Annual report of the Camel Specialist
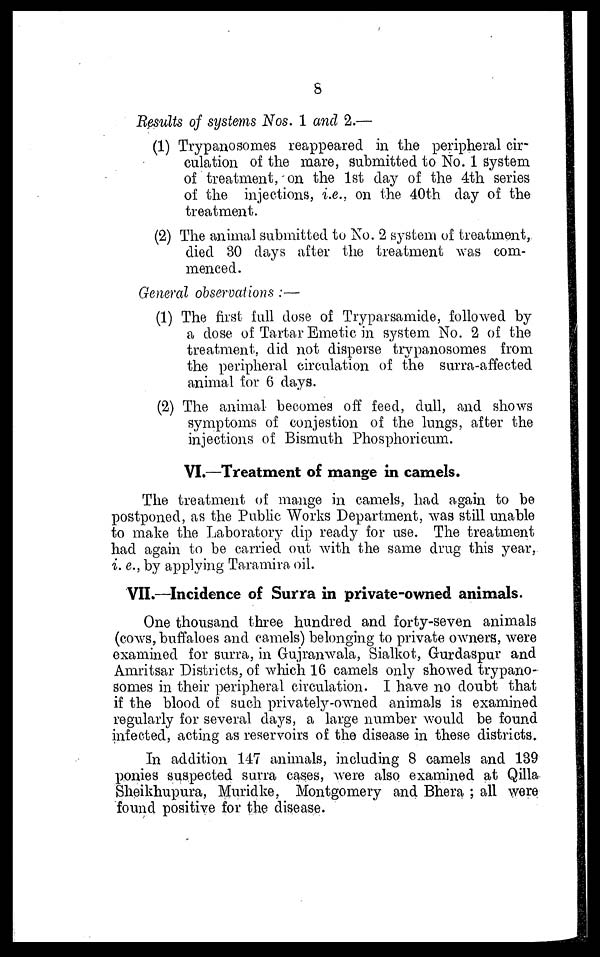
8
Results of systems Nos. 1 and 2.—
(1) Trypanosomes reappeared in the peripheral cir-
culation of the mare, submitted to No. 1 system
of treatment, on the 1st day of the 4th series
of the injections, i.e., on the 40th day of the
treatment.
(2) The animal submitted to No. 2 system of treatment,
died 30 days after the treatment was com-
menced.
General observations :—
(1) The first full dose of Tryparsamide, followed by
a dose of Tartar Emetic in system No. 2 of the
treatment, did not disperse trypanosomes from
the peripheral circulation of the surra-affected
animal for 6 days.
(2) The animal becomes off feed, dull, and shows
symptoms of conjestion of the lungs, after the
injections of Bismuth Phosphoricum.
VI.—Treatment of mange in camels.
The treatment of mange in camels, had again to be
postponed, as the Public Works Department, was still unable
to make the Laboratory dip ready for use. The treatment
had again to be carried out with the same drug this year,
i. e., by applying Taramira oil.
VII.—Incidence of Surra in private-owned animals.
One thousand three hundred and forty-seven animals
(cows, buffaloes and camels) belonging to private owners, were
examined for surra, in Gujranwala, Sialkot, Gurdaspur and
Amritsar Districts, of which 16 camels only showed trypano-
somes in their peripheral circulation. I have no doubt that
if the blood of such privately-owned animals is examined
regularly for several days, a large number would be found
infected, acting as reservoirs of the disease in these districts.
In addition 147 animals, including 8 camels and 139
ponies suspected surra cases, were also examined at Qilla
Sheikhupura, Muridke, Montgomery and Bhera ; all were
found positive for the disease.